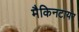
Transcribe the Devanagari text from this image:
मैकिनटायर